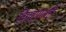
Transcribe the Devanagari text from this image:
विग्रहपालही